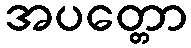
အပတ္တော